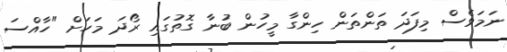
ނަމަވެސް މިފަދަ ތަންތަން ހިންގާ މީހުން ބުނާ ގޮތުގައި ރޯދަ މަހަށް "ހާއްސަ